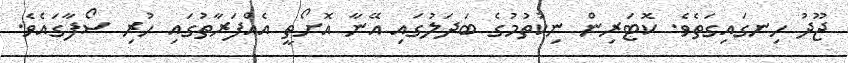
ޖޫދު ހިނގައިގަތެވެ. ކޮޓަރިން ނިކުތުމުގެ ބަދަލުގައި އޭނާ އޮށޯތީ އެއްފަރާތުގައި ހުރި ސޯފާގައެވެ.